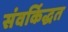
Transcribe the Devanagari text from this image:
संवर्किद्धत